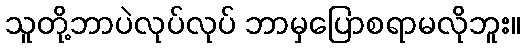
သူတို့ဘာပဲလုပ်လုပ် ဘာမှပြောစရာမလိုဘူး။